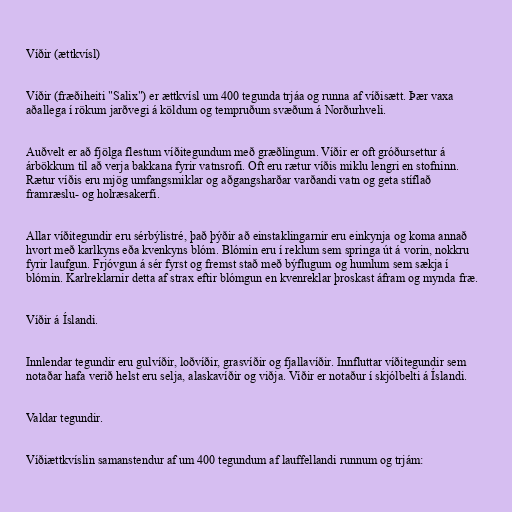
Víðir (ættkvísl)

Víðir (fræðiheiti "Salix") er ættkvísl um 400 tegunda trjáa og runna af víðisætt. Þær vaxa
aðallega í rökum jarðvegi á köldum og tempruðum svæðum á Norðurhveli.

Auðvelt er að fjölga flestum víðitegundum með græðlingum. Víðir er oft gróðursettur á
árbökkum til að verja bakkana fyrir vatnsrofi. Oft eru rætur víðis miklu lengri en stofninn.
Rætur víðis eru mjög umfangsmiklar og aðgangsharðar varðandi vatn og geta stíflað
framræslu- og holræsakerfi.

Allar víðitegundir eru sérbýlistré, það þýðir að einstaklingarnir eru einkynja og koma annað
hvort með karlkyns eða kvenkyns blóm. Blómin eru í reklum sem springa út á vorin, nokkru
fyrir laufgun. Frjóvgun á sér fyrst og fremst stað með býflugum og humlum sem sækja í
blómin. Karlreklarnir detta af strax eftir blómgun en kvenreklar þroskast áfram og mynda fræ.

Víðir á Íslandi.

Innlendar tegundir eru gulvíðir, loðvíðir, grasvíðir og fjallavíðir. Innfluttar víðitegundir sem
notaðar hafa verið helst eru selja, alaskavíðir og viðja. Víðir er notaður í skjólbelti á Íslandi.

Valdar tegundir.

Víðiættkvíslin samanstendur af um 400 tegundum af lauffellandi runnum og trjám: